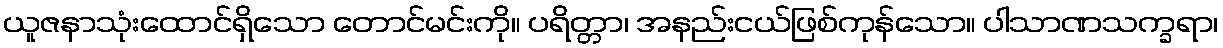
ယူဇနာသုံးထောင်ရှိသော တောင်မင်းကို။ ပရိတ္တာ၊ အနည်းငယ်ဖြစ်ကုန်သော။ ပါသာဏသက္ခရာ၊